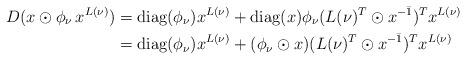
LaTeX: \begin{align*}D(x \odot \phi_\nu\, x^{L(\nu)})&= \mathrm{diag}(\phi_\nu)x^{L(\nu)}+\mathrm{diag}(x)\phi_\nu (L(\nu)^T \odot x^{-\bar 1})^T x^{L(\nu)}\\&= \mathrm{diag}(\phi_\nu)x^{L(\nu)}+ (\phi_\nu \odot x)(L(\nu)^T \odot x^{-\bar 1})^T x^{L(\nu)}\end{align*}